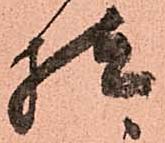
様